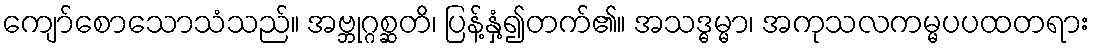
ကျော်စောသောသံသည်။ အဗ္ဘုဂ္ဂစ္ဆတိ၊ ပြန့်နှံ့၍တက်၏။ အသဒ္ဓမ္မာ၊ အကုသလကမ္မပပထတရား